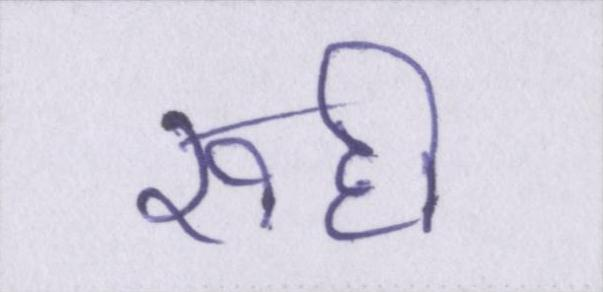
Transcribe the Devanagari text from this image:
रूही